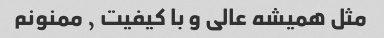
مثل همیشه عالی و با کیفیت , ممنونم